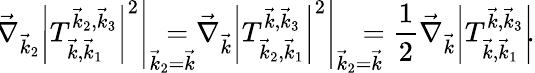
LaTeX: \! \left.\vec{\nabla}_{\vec{k}_{2}}\left|T_{\vec{k},\vec{k}_{1}}^{\vec{k}_{2},\vec{k}_{3}}\right|^{2}\right|_{\vec{k}_{2}=\vec{k}}\! \! \! \! \! \! \! \! =\left.\vec{\nabla}_{\vec{k}}\left|T_{\vec{k}_{2},\vec{k}_{1}}^{\vec{k},\vec{k}_{3}}\right|^{2}\right|_{\vec{k}_{2}=\vec{k}}\! \! \! \! \! \! =\frac{1}{2}\vec{\nabla}_{\vec{k}}\left|T_{\vec{k},\vec{k}_{1}}^{\vec{k},\vec{k}_{3}}\right|^{2}\! \! \! \! .